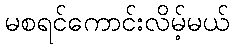
မစရင်ကောင်းလိမ့်မယ်